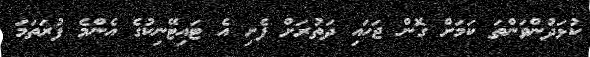
ކުޅަދުންވަންތަ ކަމަށް ގޮން ޖަހައި ދަތުރަށް ފެށި އެ ޓައިޓޭނިކުގެ އެންމެ ފުރަތަމަ